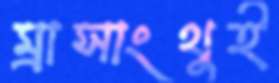
ম্রাসাংথুই